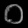
Digit: ၀